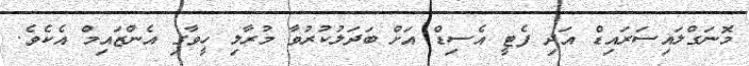
މޮނަގްލައިސަރައިޑް އަދި ފެޓީ އެސިޑް އަށް ބަދަލުކުރުވާ މުރާލި ހީވާގި އެންޒައިމް އެކެވެ.